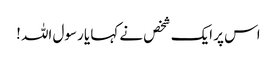
اس پر ایک شخص نے کہا یا رسول اللہ !